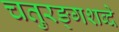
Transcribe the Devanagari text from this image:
चतुरङ्गशब्दे